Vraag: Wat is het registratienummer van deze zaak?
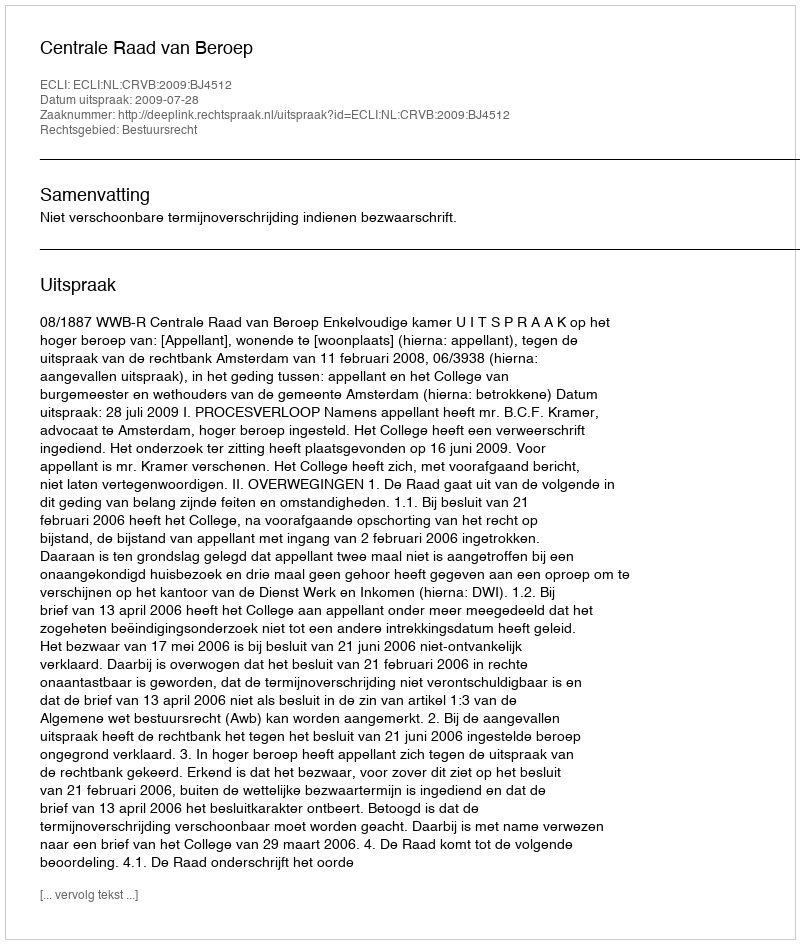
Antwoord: http://deeplink.rechtspraak.nl/uitspraak?id=ECLI:NL:CRVB:2009:BJ4512